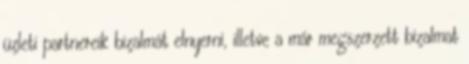
üzleti partnereik bizalmát elnyerni, illetve a már megszerzett bizalmat